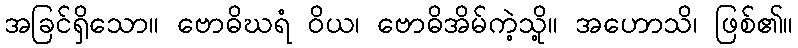
အခြင်ရှိသော။ ဗောဓိဃရံ ဝိယ၊ ဗောဓိအိမ်ကဲ့သို့။ အဟောသိ၊ ဖြစ်၏။